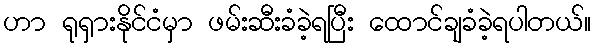
ဟာ ရုရှားနိုင်ငံမှာ ဖမ်းဆီးခံခဲ့ရပြီး ထောင်ချခံခဲ့ရပါတယ်။